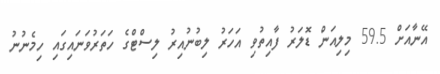
އޭނާއަށް 59.5 މިލިއަން ޑޮލަރު ފާއިތުވި އަހަރު ލިބުނުއިރު ލިސްޓްގެ ހަތަރުވަނައިގައި ހިމެނުނު